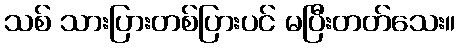
သစ် သားပြားတစ်ပြားပင် မပြီးတတ်သေး။